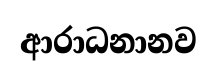
ආරාධනානව